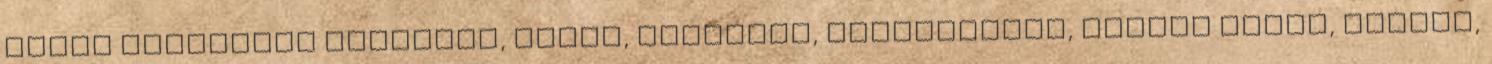
saját tulajdonú gépjármű, fétis, szempont, lánytestvér, amatőr barna, fiatal,